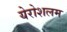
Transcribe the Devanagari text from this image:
येरोशलम